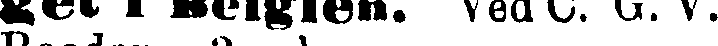
get i Belgien. Ved C. G. V.